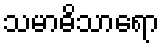
သမာဓိသာရော